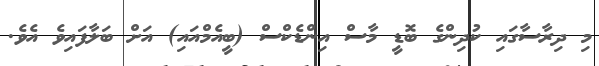
މި ދިރާސާގައި ކުދިންގެ ބޮޑީ މާސް އިންޑެކްސް (ބީއެމްއައި) އަށް ބަލާފައިވެ އެވެ.